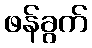
ဖန်ခွက်